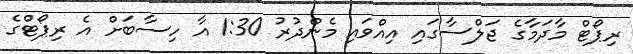
ރިޕޯޓް މާދަމާގެ ޖަލްސާގައި އިއްވައި މެންދުރު 1:30 އާ ހިސާބަށް އެ ރިޕޯޓްގެ